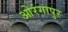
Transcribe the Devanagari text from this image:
ओरंगापुर